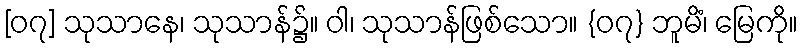
[၀၇] သုသာနေ၊ သုသာန်၌။ ဝါ၊ သုသာန်ဖြစ်သော။ {၀၇} ဘူမိံ၊ မြေကို။